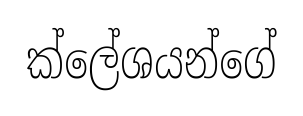
ක්ලේශයන්ගේ